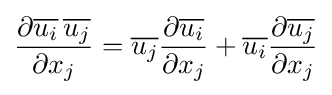
{\frac {\partial {\overline {u_{i}}}\,{\overline {u_{j}}}}{\partial x_{j}}}={\overline {u_{j}}}{\frac {\partial {\overline {u_{i}}}}{\partial x_{j}}}+{\overline {u_{i}}}{\frac {\partial {\overline {u_{j}}}}{\partial x_{j}}}